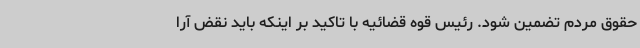
حقوق مردم تضمین شود. رئیس قوه قضائیه با تاکید بر اینکه باید نقض آرا